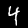
Label: 4